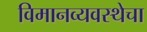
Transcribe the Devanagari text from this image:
विमानव्यवस्थेचा